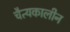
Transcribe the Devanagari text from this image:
चैत्यकालीन